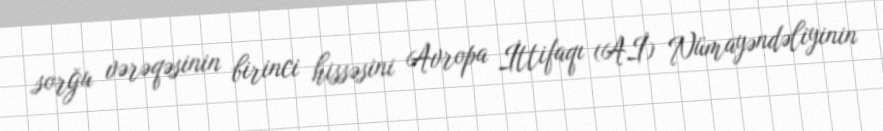
sorğu vərəqəsinin birinci hissəsini Avropa İttifaqı (Aİ) Nümayəndəliyinin